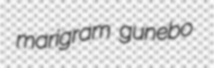
marigram gunebo